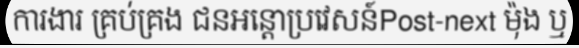
ការងារ គ្រប់គ្រង ជនអន្តោប្រវេសន៍Post-next ម៉ុង ឬ